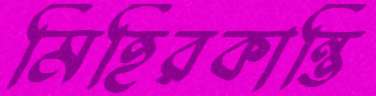
মিহিরকান্তি